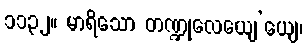
၁၁၃၂။ မာရိသော တဏ္ဍုလေယျေ’ယျေ၊